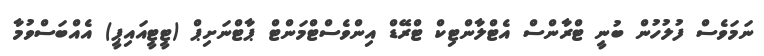
ނަމަވެސް ފުލުހުން ބުނީ ޓްރާންސް އެޓްލާންޓިކް ޓްރޭޑް އިންވެސްޓްމަންޓް ޕާޓްނަށިޕް (ޓީޓީއައިޕީ) އެއްބަސްވުމާ